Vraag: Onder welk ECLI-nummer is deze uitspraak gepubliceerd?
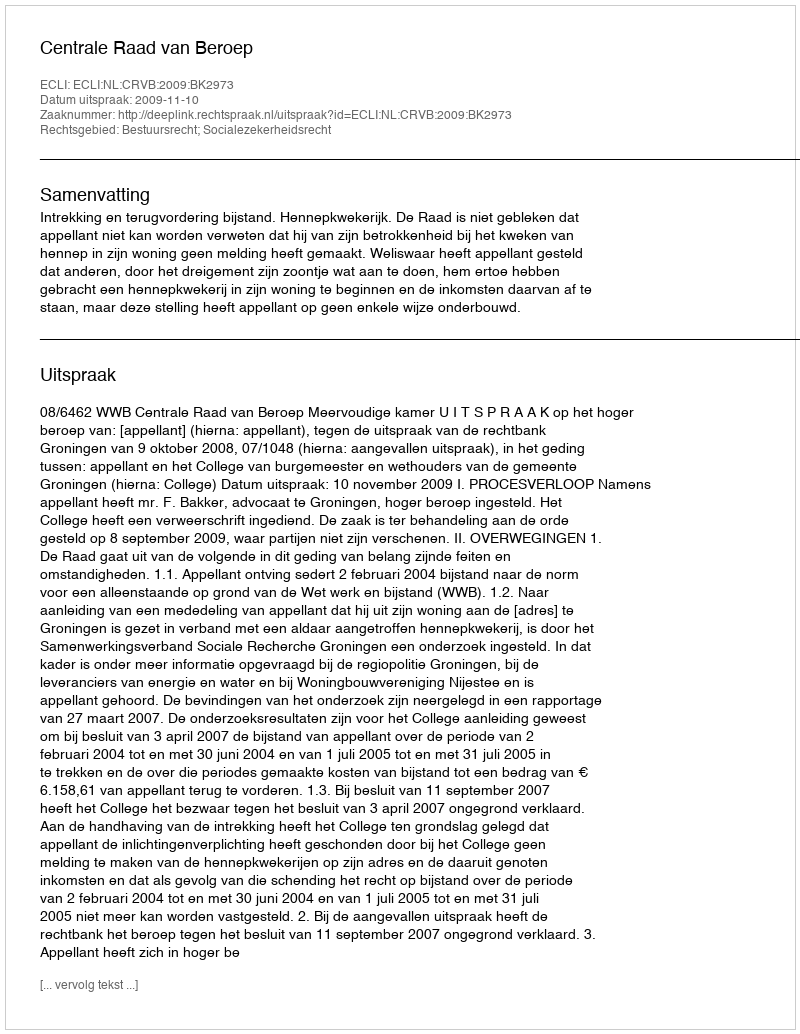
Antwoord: ECLI:NL:CRVB:2009:BK2973